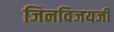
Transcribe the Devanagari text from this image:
जिनविजयजी